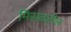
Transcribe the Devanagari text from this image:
मिसळतील